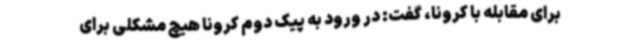
برای مقابله با کرونا، گفت: در ورود به پیک دوم کرونا هیچ مشکلی برای